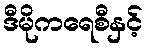
ဒီမိုကရေစီနှင့်